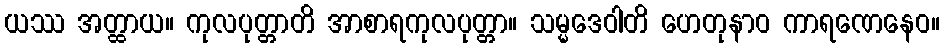
ယဿ အတ္ထာယ။ ကုလပုတ္တာတိ အာစာရကုလပုတ္တာ။ သမ္မဒေဝါတိ ဟေတုနာဝ ကာရဏေနေဝ။